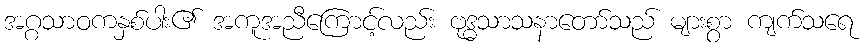
အဂ္ဂသာဝကနှစ်ပါး၏ အကူအညီကြောင့်လည်း ဗုဒ္ဓသာသနာတော်သည် များစွာ ကျက်သရေ